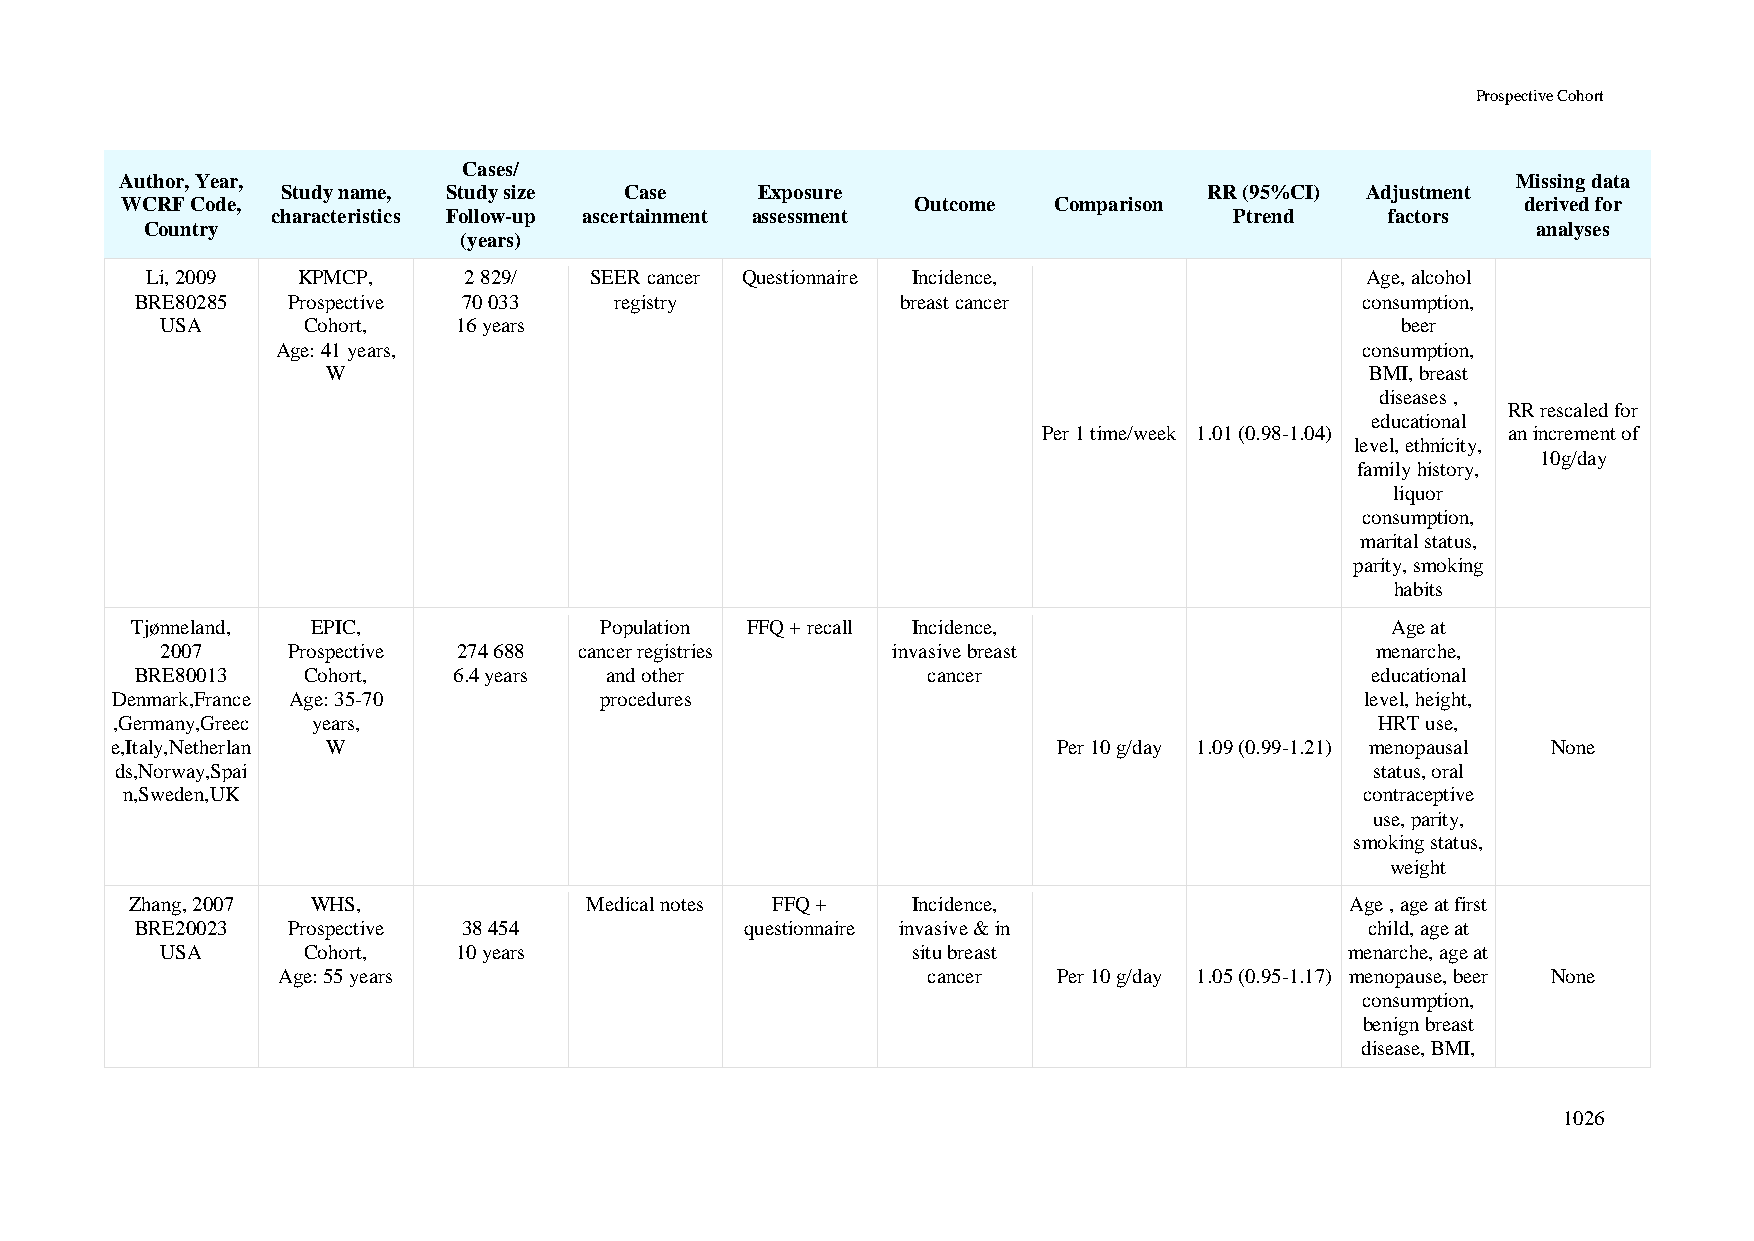
Prospective Cohort
 Cases/
 Author, Year,                                                                               Missing data
 Study name, Study size Case    Exposure                      RR (95%CI) Adjustment
 WCRF Code,                                           Outcome  Comparison                     derived for
 characteristics Follow-up ascertainment assessment              Ptrend    factors
 Country                                                                                     analyses
 (years)
 Li, 2009  KPMCP,     2 829/  SEER cancer Questionnaire Incidence,               Age, alcohol
 BRE80285  Prospective 70 033    registry           breast cancer                 consumption,
 USA      Cohort,   16 years                                                       beer
 Age: 41 years,                                                          consumption,
 W                                                                    BMI, breast
 diseases ,
 RR rescaled for
 educational
 Per 1 time/week 1.01 (0.98-1.04) an increment of
 level, ethnicity,
 10g/day
 family history,
 liquor
 consumption,
 marital status,
 parity, smoking
 habits
 Tjønneland, EPIC,              Population FFQ + recall Incidence,                  Age at
 2007    Prospective 274 688 cancer registries   invasive breast                 menarche,
 BRE80013   Cohort,   6.4 years and other            cancer                        educational
 Denmark,France Age: 35-70        procedures                                        level, height,
 ,Germany,Greec years,                                                               HRT use,
 e,Italy,Netherlan W                                            Per 10 g/day 1.09 (0.99-1.21) menopausal None
 ds,Norway,Spai                                                                     status, oral
 n,Sweden,UK                                                                       contraceptive
 use, parity,
 smoking status,
 weight
 Zhang, 2007 WHS,              Medical notes FFQ +  Incidence,                   Age , age at first
 BRE20023  Prospective 38 454            questionnaire invasive & in               child, age at
 USA      Cohort,   10 years                      situ breast                  menarche, age at
 Age: 55 years                              cancer   Per 10 g/day 1.05 (0.95-1.17) menopause, beer None
 consumption,
 benign breast
 disease, BMI,
 1026